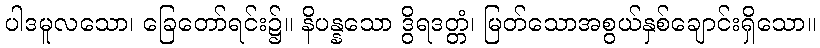
ပါဒမူလသော၊ ခြေတော်ရင်း၌။ နိပန္နသော ဒွိရဒတ္တံ၊ မြတ်သောအစွယ်နှစ်ချောင်းရှိသော။